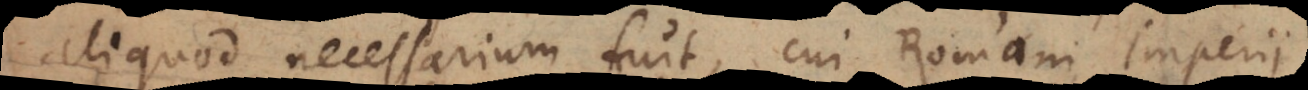
aliquod necessarium fuit, cui Romani Imperii